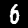
Digit: 6